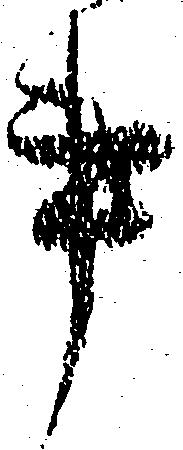
事